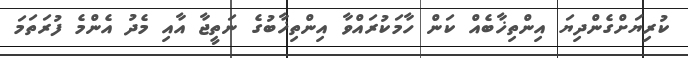
ކުރިޔަށްގެންދިޔަ އިންތިޚާބެއް ކަން ހާމަކުރައްވާ އިންތިޚާބުގެ ނަތީޖާ އާއި މެދު އެންމެ ފުރަތަމަ